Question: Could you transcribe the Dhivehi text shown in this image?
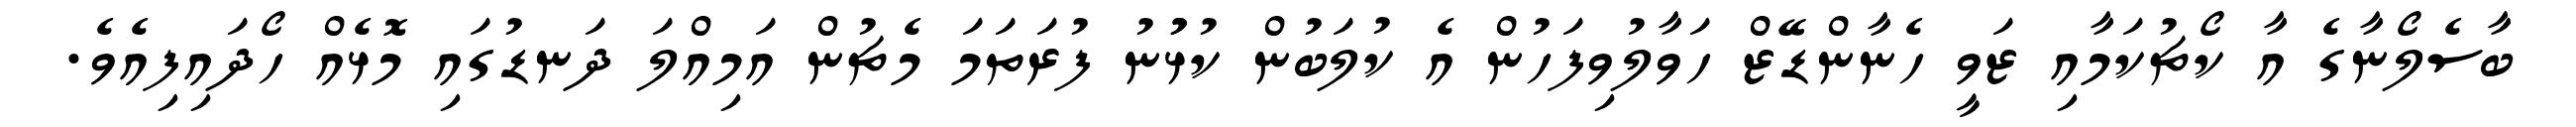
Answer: ބާސެލޯނާގެ އާ ކޯޗުކަމާއި ޒަވީ ހެނާންޑޭޒް ހަވާލުވިފަހުން އެ ކުލަބުން ކުޅުުނު ފުރަތަމަ މެޗުން އަމިއްލަ ދަނޑުގައި މޮޅެއް ހޯދައިފިއެވެ.